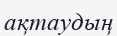
ақтаудың